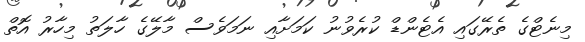
މިނެޓްގެ ތެރޭގައި އެޓެންޑް ކުރެވުނު ކަމަށާއި ނަމަވެސް މާލޭގެ ހާލަތު މިހާރު އޮތް